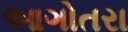
આગોતરા